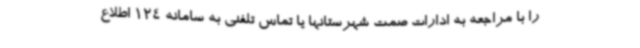
را با مراجعه به ادارات صمت شهرستانها یا تماس تلفنی به سامانه 124 اطلاع